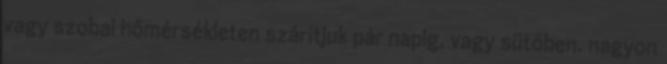
vagy szobai hőmérsékleten szárítjuk pár napig, vagy sütőben, nagyon